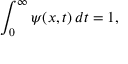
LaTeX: \int _ { 0 } ^ { \infty } \psi ( x , t ) \, d t = 1 ,